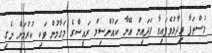
މުސްތަފާ ވިދާޅުވެފައިވާ ފަދައިން އޭނާ ކައުންސިލް ރައީސްގެ މަގާމުން ވަކި ކުރުމަށް ނެގި